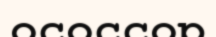
ососсор